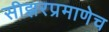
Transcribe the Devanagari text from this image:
सीझरप्रमाणेच